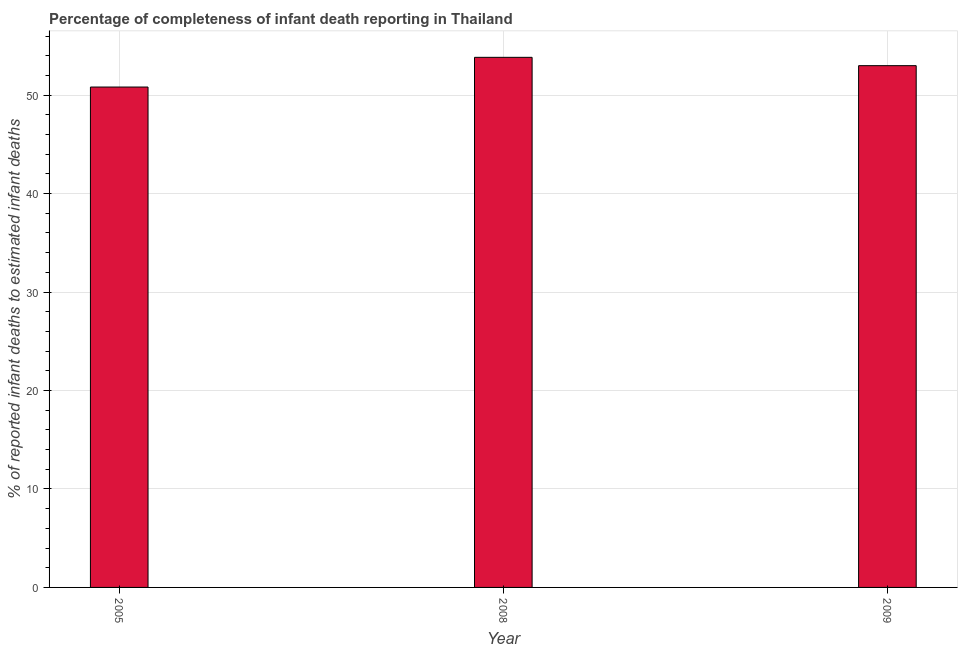
| Year | Completeness of infant death reporting |
 | --- | --- |
 | 2005 | 50.8 |
 | 2008 | 53.8 |
 | 2009 | 53 |